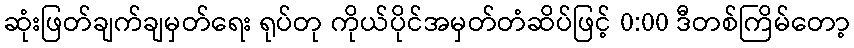
ဆုံးဖြတ်ချက်ချမှတ်ရေး ရုပ်တု ကိုယ်ပိုင်အမှတ်တံဆိပ်ဖြင့် 0:00 ဒီတစ်ကြိမ်တော့